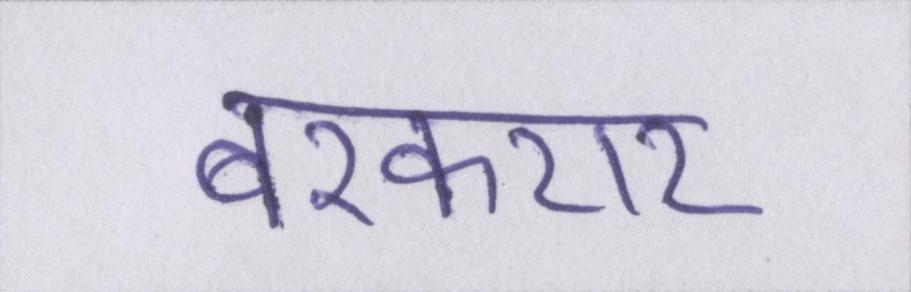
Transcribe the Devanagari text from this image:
बरकरार